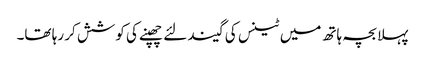
پہلا بچہ ہاتھ میں ٹینس کی گیند لئے چھپنے کی کوشش کر رہا تھا۔